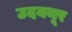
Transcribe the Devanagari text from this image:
उदयथूर